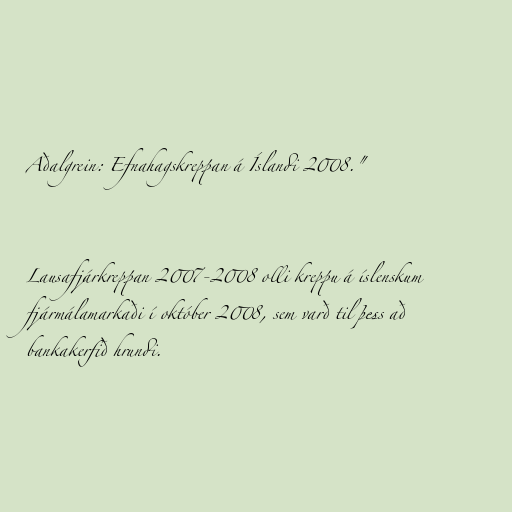
Aðalgrein: Efnahagskreppan á Íslandi 2008."

Lausafjárkreppan 2007-2008 olli kreppu á íslenskum
fjármálamarkaði í október 2008, sem varð til þess að
bankakerfið hrundi.